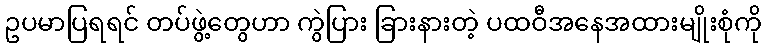
ဥပမာပြရရင် တပ်ဖွဲ့တွေဟာ ကွဲပြား ခြားနားတဲ့ ပထဝီအနေအထားမျိုးစုံကို